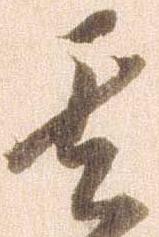
其